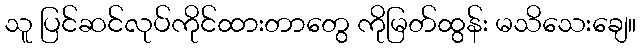
သူ ပြင်ဆင်လုပ်ကိုင်ထားတာတွေ ကိုမြတ်ထွန်း မသိသေးချေ။